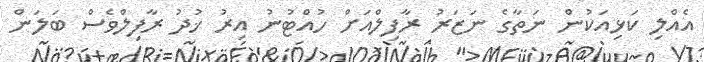
އެއްލި ކަޅިއަކުން ނަތާގެ ނަޒަރު ރާފިލްއަށް ހުއްޓުނު އިރު ޚުދު ރާފިލްވެސް ބަލަން